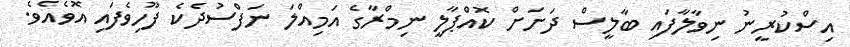
އިސްކުރީނު ނިވާލާފައި ބާލީސް ދަށަށް ކޮއްޕާލީ ނިމްރާގެ އަމިއްލަ ނަފްސުދެކެ ފޫހިވެފައި އޮވެއެވެ.